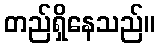
တည်ရှိနေသည်။